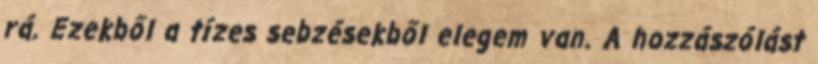
rá. Ezekből a tízes sebzésekből elegem van. A hozzászólást